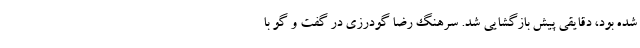
شده بود، دقایقی پیش بازگشایی شد. سرهنگ رضا گودرزی در گفت و گو با